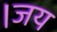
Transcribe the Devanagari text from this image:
।जय